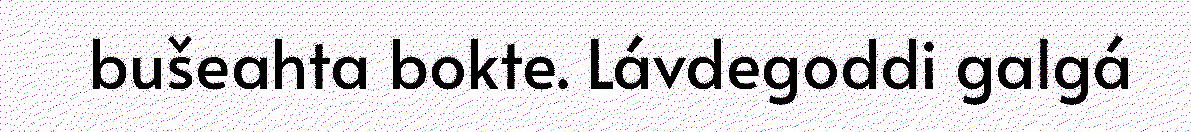
bušeahta bokte. Lávdegoddi galgá